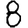
Digit: 8